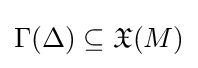
\Gamma (\Delta )\subseteq {\mathfrak {X}}(M)